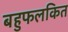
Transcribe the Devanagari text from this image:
बहुफलकित